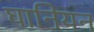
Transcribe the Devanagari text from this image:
घानियन